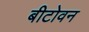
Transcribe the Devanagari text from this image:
बीटोवन